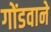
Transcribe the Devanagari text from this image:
गोंडवाने